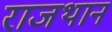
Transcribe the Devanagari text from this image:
राजथान